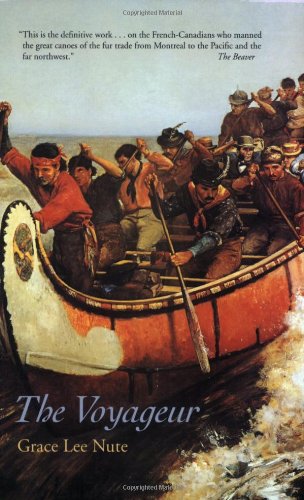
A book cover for The Voyageur; Grace Lee Nute; Biographies & Memoirs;